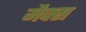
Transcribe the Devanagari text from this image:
मैक्‍स